system: You are a helpful assistant.
user:
Analyze the provided spectrum to determine if it is a **S-type Star**.

- **Key Indicators for S-type Star:**

    - **(Overall Spectrum Shape):** The first and most obvious characteristic is the overall continuum (the "baseline" shape). It is **extremely "red-sloping,"** meaning the flux (light intensity) is very low on the left side (blue, ~4000-4500 Å) and rises steeply and continuously toward the right side (red, ~7000 Å+).

    - **(Primary):** The spectrum is defined by the presence of strong, broad molecular absorption "valleys" (bands) from **Zirconium Oxide (ZrO)**. The identification of these bands is the **primary requirement** for classifying a star as S-type.
        - **(Key Bandheads):** You must find distinct, deep "dips" where the light has been absorbed. The most critical band systems to locate are:
            - **~6474 Å** ($\gamma$-system): This is often the strongest and clearest ZrO feature, found in the red part of the spectrum.
            - **~5718 Å** & **~5551 Å** ($\beta$-system): A pair of prominent absorption features in the yellow-orange part of the spectrum.
            - **~4640 Å** ($\alpha$-system): A key absorption band system in the blue-green region of the spectrum.

    - **(Secondary Confirmation):** The classification is strengthened by finding additional absorption bands from other related heavy element oxides, which are expected to be present alongside ZrO.
        - **(Key Bandheads):**
            - **Yttrium Oxide (YO):** Look for absorption dips near **~4800 Å** and **~6100 Å**.
            - **Lanthanum Oxide (LaO):** Additional absorption features, particularly in the red-orange part of the spectrum, are also characteristic.

    - **(Line Profile):** The combination of the steep red continuum and these numerous, deep molecular bands (ZrO, YO, etc.) gives the entire spectrum a very **"chopped-up"** or **"bumpy"** appearance. Instead of a smooth curve, the spectrum looks as though large, wide chunks of light have been "carved out" of it at the specific wavelengths listed above.

Think first, call **spectral_visualization_tool** if needed to examine features in detail, then provide your final answer. Your response must adhere to the following strict rules:
1.  **Overall Structure:** Your response must follow the format `<think>...</think> <tool_call>...</tool_call> (if a tool is used) <answer>...</answer>`.
2.  **Tool Usage Constraint:** You may only make **one** tool call per turn.
3.  **Final Answer Format:** In the `<answer>` tag, your conclusion must be inside a `\boxed{}` command (e.g., `\boxed{YES}` or `\boxed{NO}`), followed by your justification.

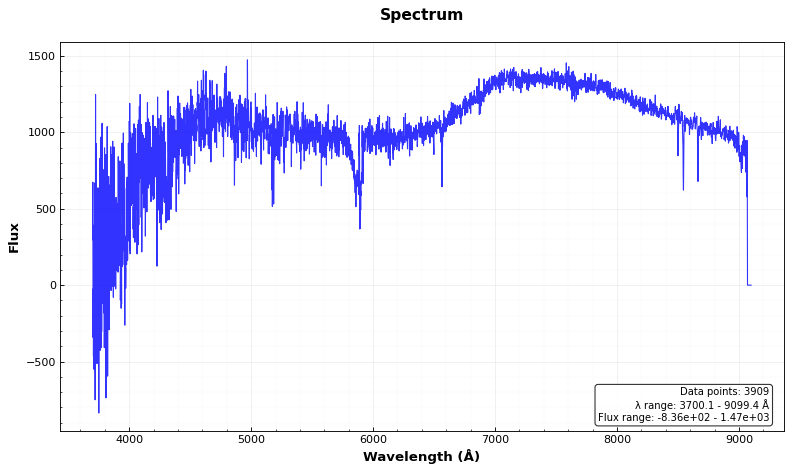
Answer: NO